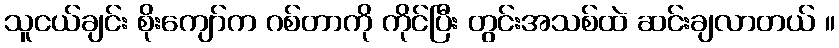
သူငယ်ချင်း စိုးကျော်က ဂစ်တာကို ကိုင်ပြီး တွင်းအသစ်ထဲ ဆင်းချလာတယ် ။